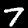
Label: 7